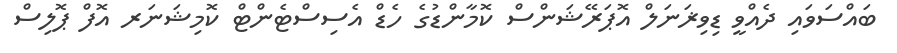
ބައްސަވައި ދެއްވީ ޑިވިޜަނަލް އޮޕަރޭޝަންސް ކޮމާންޑުގެ ހެޑް އެސިސްޓެންޓް ކޮމިޝަނަރ އޮފް ޕޮލިސް